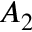
A _ { 2 }